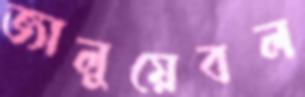
ভ্যালুয়েবল